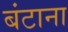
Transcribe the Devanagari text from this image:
बंटाना